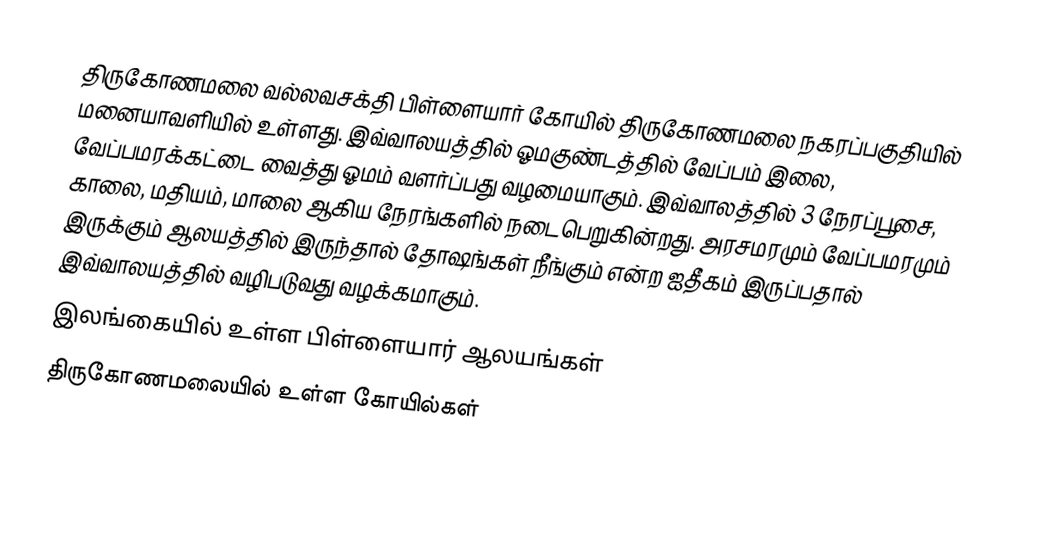
திருகோணமலை வல்லவசக்தி பிள்ளையார் கோயில் திருகோணமலை நகரப்பகுதியில் மனையாவளியில் உள்ளது. இவ்வாலயத்தில் ஓமகுண்டத்தில் வேப்பம் இலை, வேப்பமரக்கட்டை வைத்து ஓமம் வளர்ப்பது வழமையாகும். இவ்வாலத்தில் 3 நேரப்பூசை, காலை, மதியம், மாலை ஆகிய நேரங்களில் நடைபெறுகின்றது. அரசமரமும் வேப்பமரமும் இருக்கும் ஆலயத்தில் இருந்தால் தோஷங்கள் நீங்கும் என்ற ஐதீகம் இருப்பதால் இவ்வாலயத்தில் வழிபடுவது வழக்கமாகும்.
இலங்கையில் உள்ள பிள்ளையார் ஆலயங்கள்
திருகோணமலையில் உள்ள கோயில்கள்